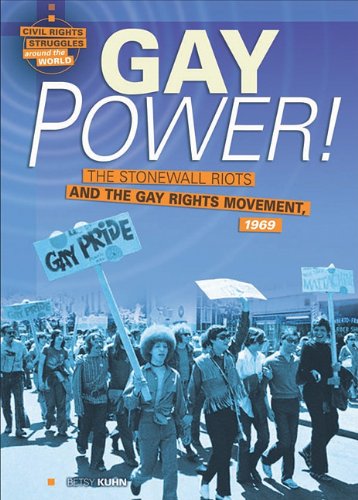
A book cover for Gay Power!: The Stonewall Riots and the Gay Rights Movement, 1969 (Civil Rights Struggles Around the World); Betsy Kuhn; Teen & Young Adult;